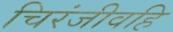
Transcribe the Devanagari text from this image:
चिरंजीवहि